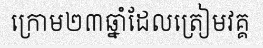
ក្រោម២៣ឆ្នាំដែលត្រៀមវគ្គ